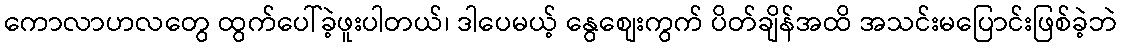
ကောလာဟလတွေ ထွက်ပေါ်ခဲ့ဖူးပါတယ်၊ ဒါပေမယ့် နွေစျေးကွက် ပိတ်ချိန်အထိ အသင်းမပြောင်းဖြစ်ခဲ့ဘဲ